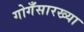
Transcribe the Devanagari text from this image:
गोगँसारख्या